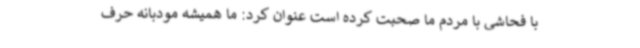
با فحاشی با مردم ما صحبت کرده است عنوان کرد: ما همیشه مودبانه حرف